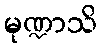
မုဏ္ဍာသိ